Vaccination in Burma 1920-1933 - 1920-1933
Year: 1920
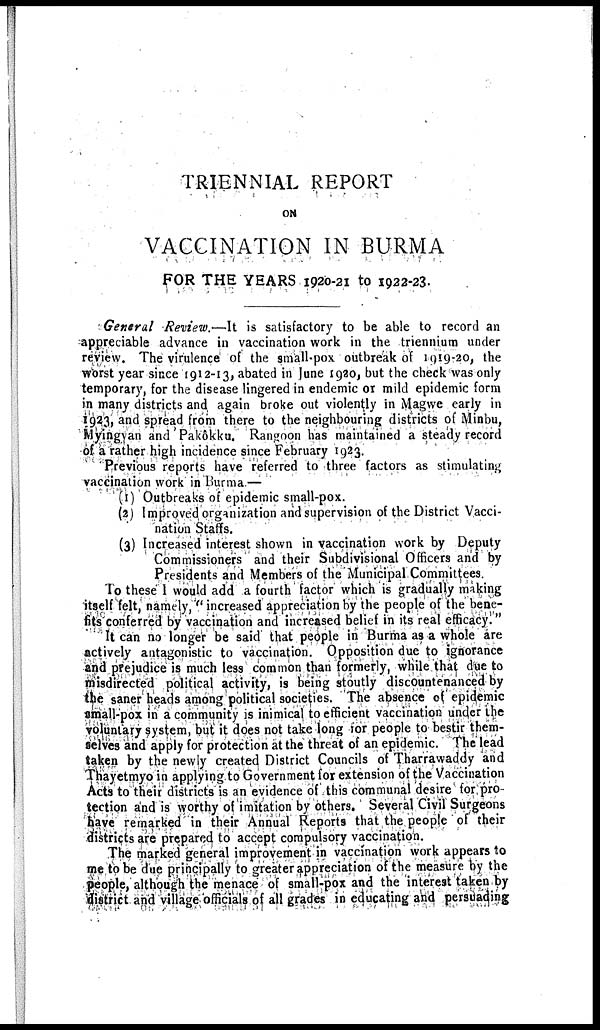
TRIENNIAL REPORT
ON
VACCINATION IN BURMA
FOR THE YEARS 1920-21 to 1922-23.
General Review.—It is satisfactory to be able to record an
appreciable advance in vaccination work in the triennium under
review. The virulence of the small-pox outbreak of 1919-20, the
worst year since 1912-13, abated in June 1920, but the check was only
temporary, for the disease lingered in endemic or mild epidemic form
in many districts and again broke out violently in Magwe early in
1923, and spread from there to the neighbouring districts of Minbu,
Myingvan and Pakôkku. Rangoon has maintained a steady record
of a rather high incidence since February 1923.
Previous reports have referred to three factors as stimulating
vaccination work in Burma.—
(1) Outbreaks of epidemic small-pox.
(2) Improved organization and supervision of the District Vacci-
nation Staffs.
(3) Increased interest shown in vaccination work by Deputy
Commissioners and their Subdivisional Officers and by
Presidents and Members of the Municipal Committees.
To these I would add a fourth factor which is gradually making
itself felt, namely, " increased appreciation by the people of the bene-
fits conferred by vaccination and increased belief in its real efficacy."
It can no longer be said that people in Burma as a whole are
actively antagonistic to vaccination. Opposition due to ignorance
and prejudice is much less common than formerly, while that due to
misdirected political activity, is being stoutly discountenanced by
the saner heads among political societies. The absence of epidemic
small-pox in a community is inimical to efficient vaccination under the
voluntary system, but it does not take long for people to bestir them-
selves and apply for protection at the threat of an epidemic. The lead
taken by the newly created District Councils of Tharrawaddy and
Thayetmyo in applying to Government for extension of the Vaccination
Acts to their districts is an evidence of this communal desire for pro-
tection and is worthy of imitation by others. Several Civil Surgeons
have remarked in their Annual Reports that the people of their
districts are prepared to accept compulsory vaccination.
The marked general improvement in vaccination work appears to
me to be due principally to greater appreciation of the measure by the
people, although the menace of small-pox and the interest taken by
district and village officials of all grades in educating and persuading